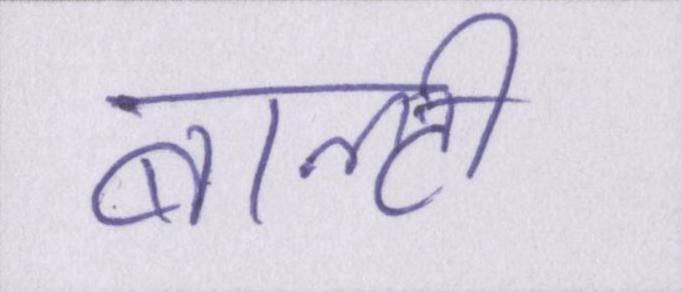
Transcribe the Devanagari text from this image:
बाल्टी